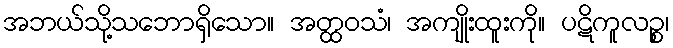
အဘယ်သို့သဘောရှိသော။ အတ္ထဝသံ၊ အကျိုးထူးကို။ ပဋိကူလဉ္စ၊